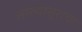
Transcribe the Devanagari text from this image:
लाख्यासुराचा